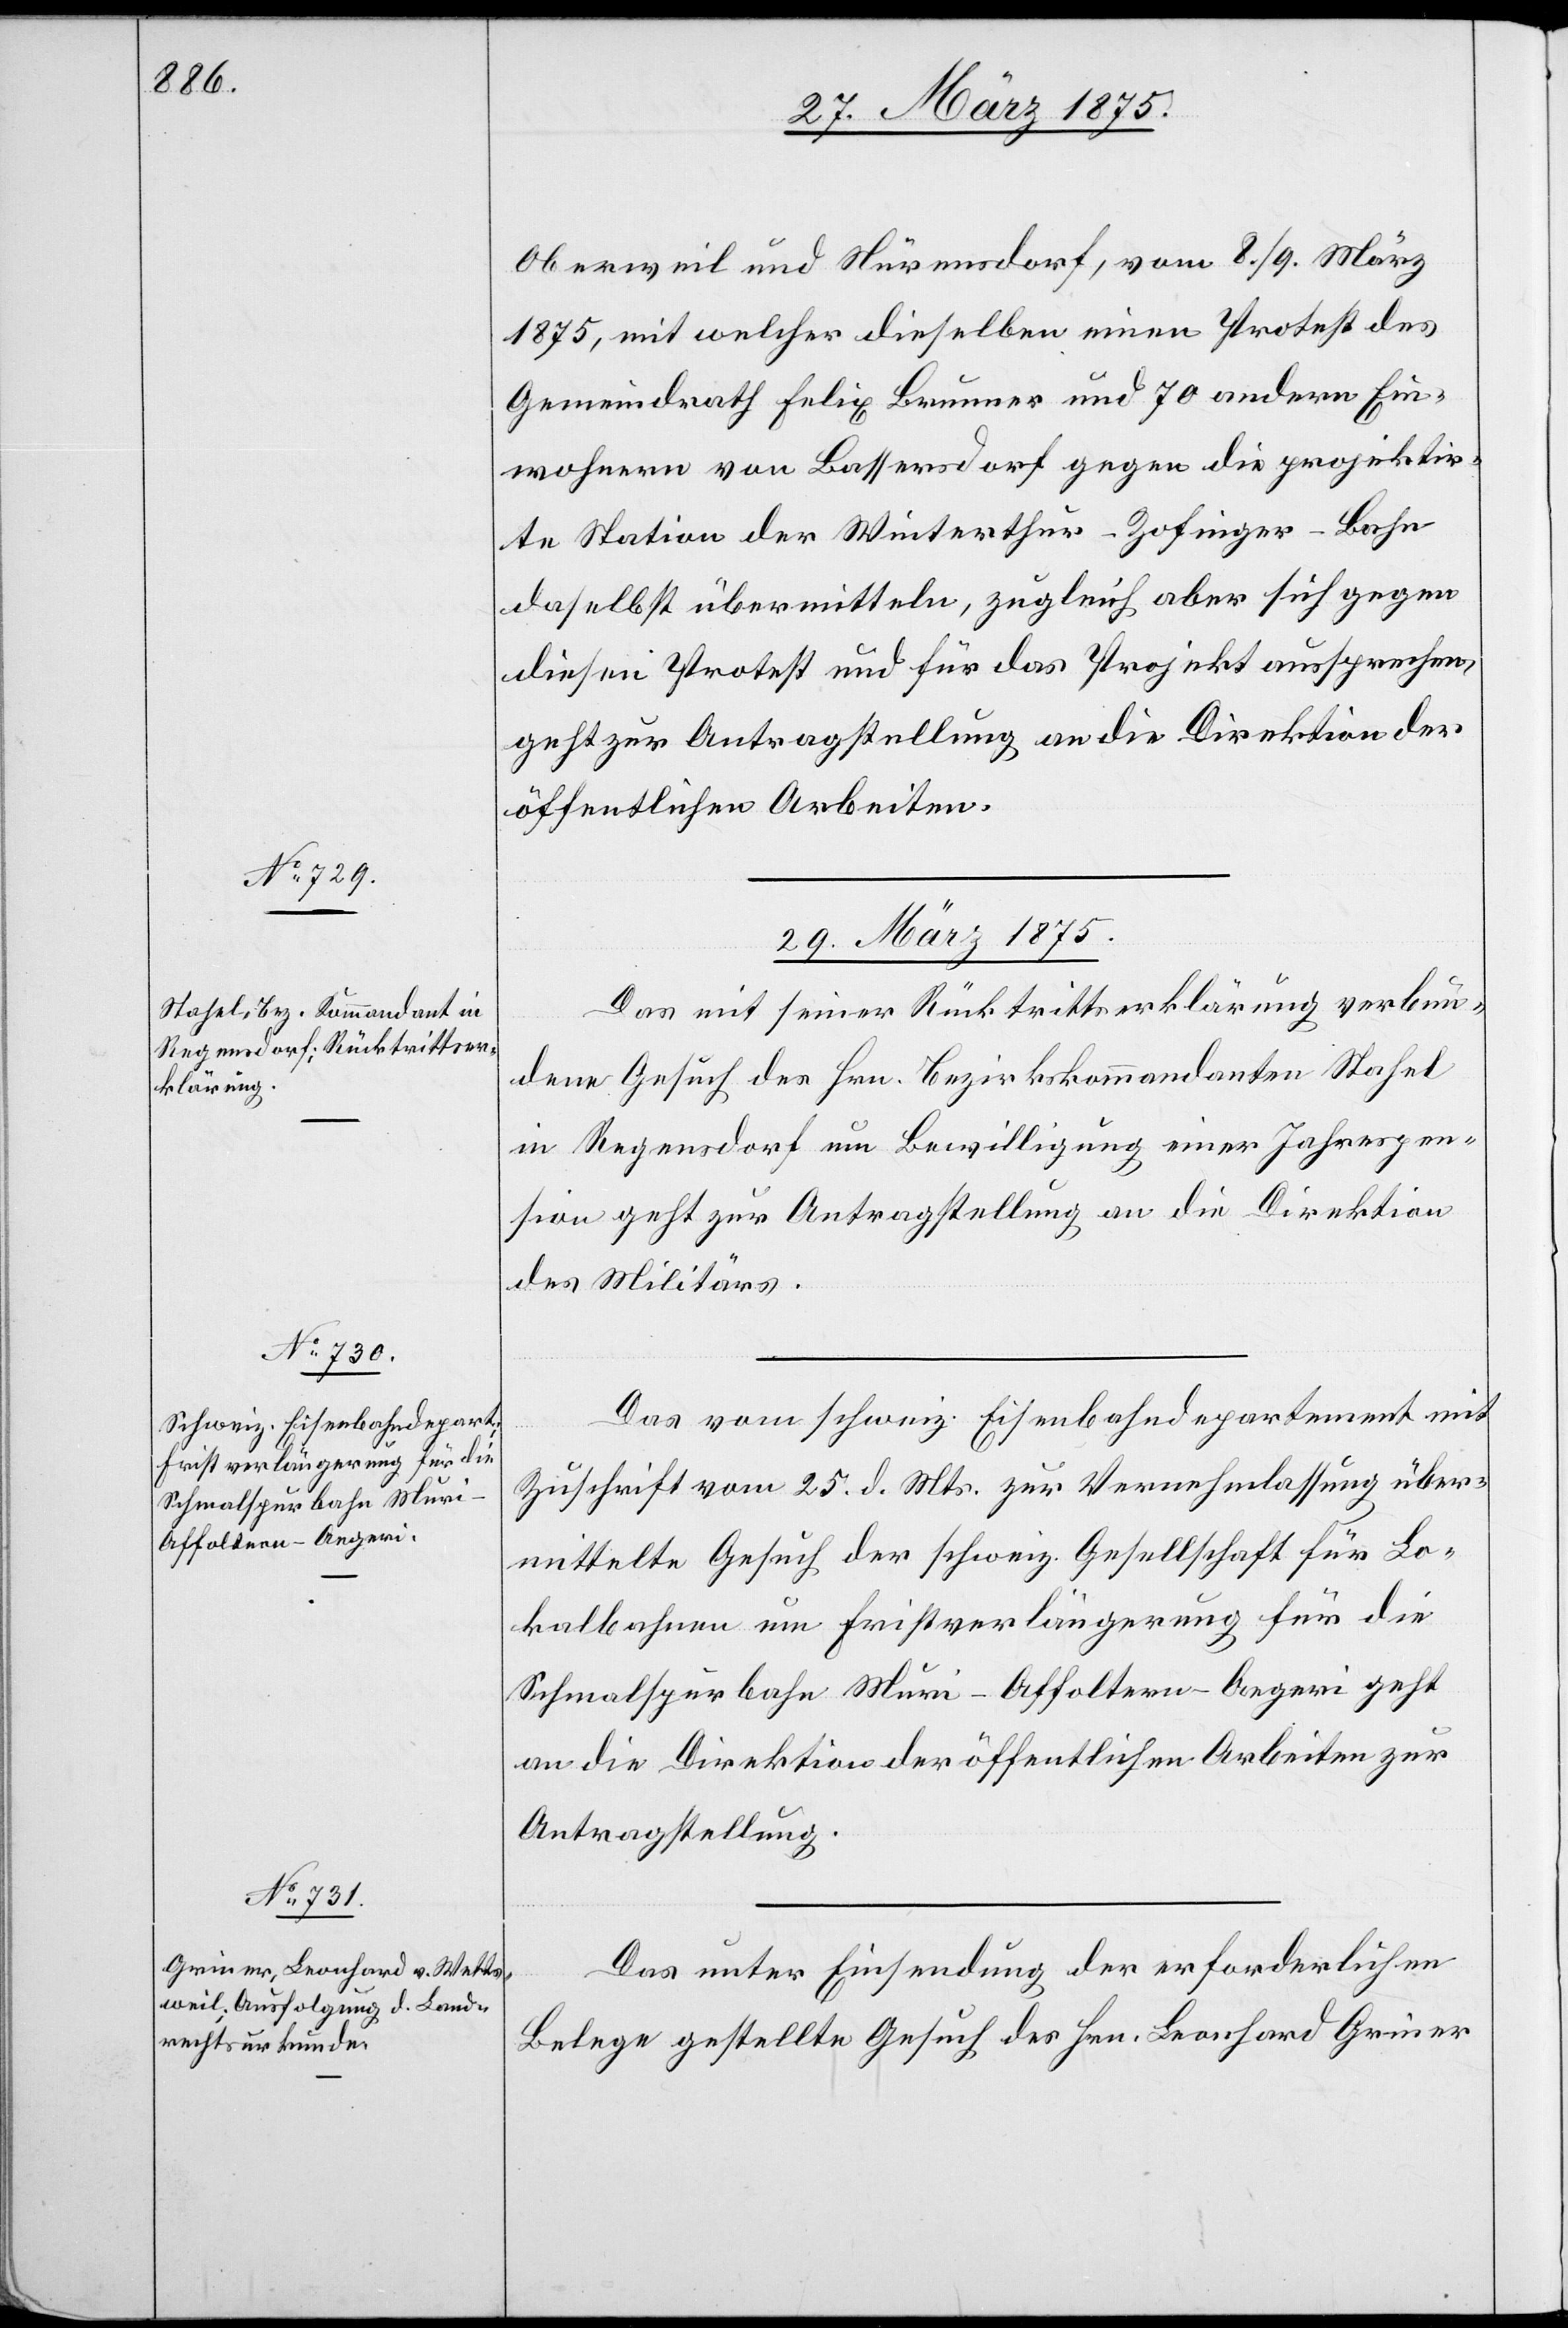
Oberweil und Nürensdorf, vom 8./9. März
1875, mit welcher dieselben einen Protest des
Gemeindrath Felix Brunner und 70 andern Ein¬
wohnern von Bassersdorf gegen die projektir¬
te Station der Winterthur–Zofinger-Bahn
daselbst übermitteln, zugleich aber sich gegen
diesen Protest und für das Projekt aussprechen,
geht zur Antragstellung an die Direktion der
öffentlichen Arbeiten.
29. März 1875.]
Das mit seiner Rücktrittserklärung verbun¬
dene Gesuch des Hrn. Bezirkskommandant Stafel
in Regensdorf um Bewilligung einer Jahrespen¬
sion geht zur Antragstellung an die Direktion
des Militärs.
Das vom schweiz. Eisenbahndepartement mit
Zuschrift vom 25. d. Mts. zur Vernehmlassung über¬
mittelte Gesuch der schweiz. Gesellschaft für Lo¬
kalbahnen um Fristverlängerung für die
Schmalspurbahn Muri–Affoltern–Aegeri geht
an die Direktion der öffentlichen Arbeiten zur
Auftragstellung.
Das unter Einsendung der erforderlichen
Belege gestellte Gesuch des Hrn. Leonhard Griner